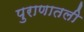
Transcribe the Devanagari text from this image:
पुराणातली